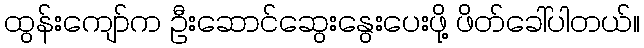
ထွန်းကျော်က ဦးဆောင်ဆွေးနွေးပေးဖို့ ဖိတ်ခေါ်ပါတယ်။